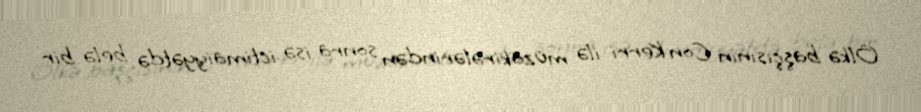
Ölkə başçısının Con Kerri ilə müzakirələrindən sonra isə ictimaiyyətdə belə bir